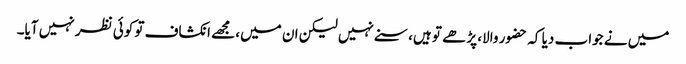
میں نے جواب دیا کہ حضور والا، پڑھے تو ہیں، سنے نہیں لیکن ان میں، مجھے انکشاف تو کوئی نظر نہیں آیا۔